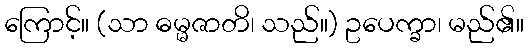
ကြောင့်။ (သာ ဓမ္မဇာတိ၊ သည်။) ဥပေက္ခာ၊ မည်၏။